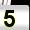
Digit: 5